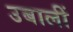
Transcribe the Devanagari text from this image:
उबालीं